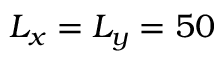
L _ { x } = L _ { y } = 5 0